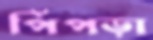
পিঁপড়া